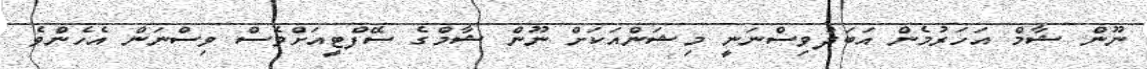
ނޫން ޝާމް އަހަރުމެން އަބަދުވިސްނަނީ މިޝަންއަކަށް ނޫން ޝާމްގެ ސޭފްޓީއަށްވެސް ވިސްނަން އެހެންވެ